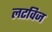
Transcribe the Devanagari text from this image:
लटविज